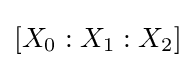
[X_{0}:X_{1}:X_{2}]